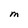
Character: M